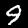
Digit: 9